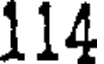
114